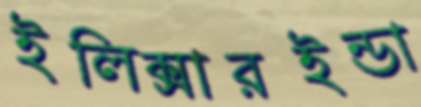
ইলিক্সারইন্ডা